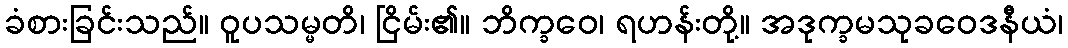
ခံစားခြင်းသည်။ ဝူပသမ္မတိ၊ ငြိမ်း၏။ ဘိက္ခဝေ၊ ရဟန်းတို့။ အဒုက္ခမသုခဝေဒနီယံ၊